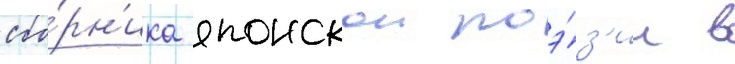
сбо́рн'ика японскои поэ́з'ии в